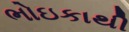
ભોઇકાથી